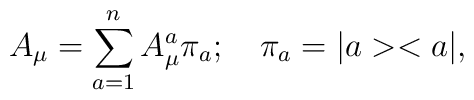
A_{\mu }=\sum_{a=1}^{n}A_{\mu }^{a}\pi _{a};\quad \pi _{a}=|a><a|,